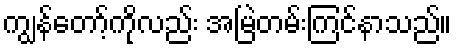
ကျွန်တော့်ကိုလည်း အမြဲတမ်းကြင်နာသည်။